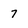
Character: 7